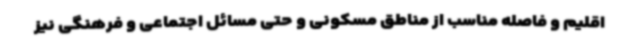
اقلیم و فاصله مناسب از مناطق مسکونی و حتی مسائل اجتماعی و فرهنگی نیز